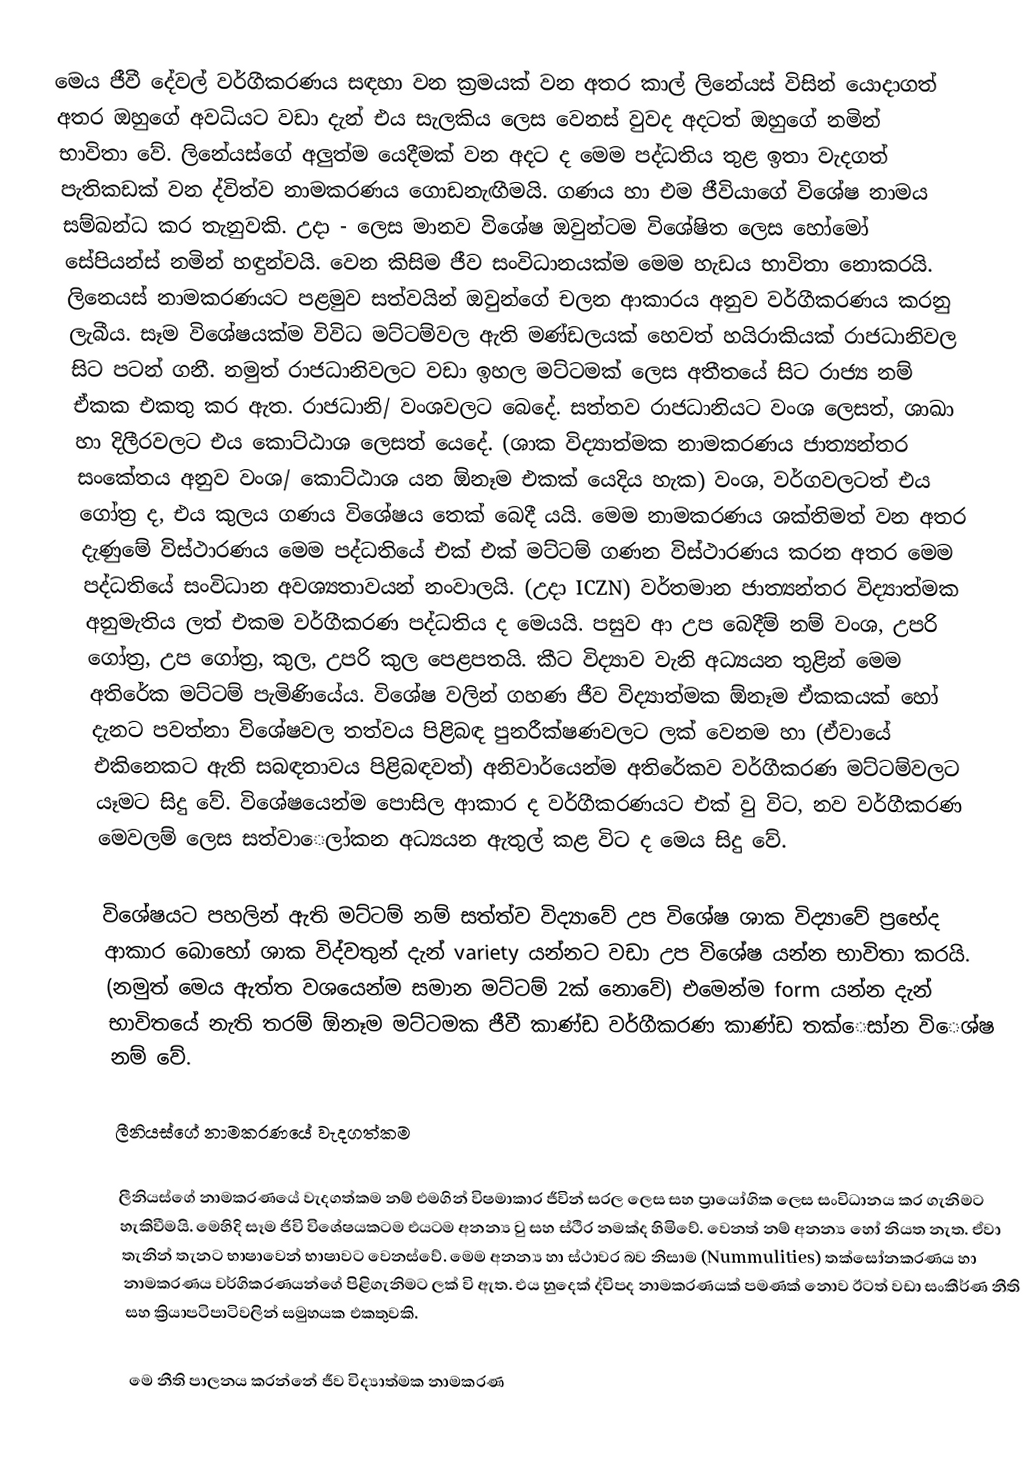
මෙය ජීවී දේවල් වර්ගීකරණය සඳහා වන ක්‍රමයක් වන අතර කාල් ලිනේයස් විසින් යොදාගත් අතර ඔහුගේ අවධියට වඩා දැන් එය සැලකිය ලෙස වෙනස් වුවද අදටත් ඔහුගේ නමින් භාවිතා වේ. ලිනේයස්ගේ අලුත්ම යෙදීමක් වන අදට ද මෙම පද්ධතිය තුළ ඉතා වැදගත් පැතිකඩක් වන ද්විත්ව නාමකරණ‍ය ගොඩනැඟීමයි. ගණය හා එම ජීවියාගේ විශේෂ නාමය සම්බන්ධ කර තැනුවකි. උදා - ලෙස මානව විශේෂ ඔවුන්ටම විශේෂිත ලෙස හෝමෝ සේපියන්ස් නමින් හඳුන්වයි. වෙන කිසිම ජීව සංවිධානයක්ම මෙම හැඩය භාවිතා නොකරයි. ලිනෙයස් නාමකරණයට පළමුව සත්වයින් ඔවුන්ගේ චලන ආකාරය අනුව වර්ගීකරණය කරනු ලැබීය. සෑම විශේෂයක්ම විවිධ මට්ටම්වල ඇති මණ්ඩලයක් හෙවත් හයිරාකියක් රාජධානිවල සිට පටන් ගනී. නමුත් රාජධානිවලට වඩා ඉහල මට්ටමක් ලෙස අතීතයේ සිට රාජ්‍ය නම් ඒකක එකතු කර ඇත. රාජධානි/ වංශවලට ‍බෙදේ. සත්තව රාජධානියට වංශ ලෙසත්, ශාඛා හා දිලීරවලට එය කොට්ඨාශ ලෙසත් යෙදේ. (ශාක විද්‍යාත්මක නාමකරණය ජාත්‍යන්තර සංකේතය අනුව වංශ/ කොට්ඨාශ යන ඕනෑම එකක් යෙදිය හැක) වංශ, වර්ගවලටත් එය ගෝත්‍ර ද, එය කුලය ගණය විශේෂය තෙක් බෙදී යයි. මෙම නාමකරණය ශක්තිමත් වන අතර දැණුමේ විස්ථාරණය මෙම පද්ධතියේ එක් එක් මට්ටම් ගණන විස්ථාරණය කරන අතර මෙම පද්ධතියේ සංවිධාන අවශ්‍යතාවයන් නංවාලයි. (උදා ICZN) වර්තමාන ජාත්‍යන්තර විද්‍යාත්මක අනුමැතිය ලත් එකම වර්ගීකරණ පද්ධතිය ද මෙයයි. පසුව ආ උප බෙදීම් නම් වංශ, උපරි ගෝත්‍ර, උප ගෝත්‍ර, කුල, උපරි කුල පෙළපතයි. කීට විද්‍යාව වැනි අධ්‍යයන තුළින් මෙම අතිරේක මට්ටම් පැමිණියේය. විශේෂ වලින් ගහණ ජීව විද්‍යාත්මක ඕනෑම ඒකකයක් හෝ දැනට පවත්නා විශේෂවල තත්වය පිළිබඳ පුනරීක්ෂණවලට ලක් වෙනම හා (ඒවායේ එකිනෙකට ඇති සබඳතාවය පිළිබඳවත්) අනිවාර්යෙන්ම අතිරේකව වර්ගීකරණ මට්ටම්වලට යෑමට සිදු වේ. විශේෂයෙන්ම පොසිල ආකාර ද වර්ගීකරණයට එක් වු විට, නව වර්ගීකරණ මෙවලම් ලෙස සත්වාෙලා්කන අධ්‍යයන ඇතුල් කළ විට ද මෙය සිදු වේ.

විශේෂයට පහලින් ඇති මට්ටම් නම් සත්ත්ව විද්‍යාවේ උප විශේෂ ශාක විද්‍යාවේ ප්‍රභේද ආකාර බොහෝ ශාක විද්වතුන් දැන් variety යන්නට වඩා උප විශේෂ යන්න භාවිතා කරයි. (නමුත් මෙය ඇත්ත වශයෙන්ම සමාන මට්ටම් 2ක් නොවේ) එමෙන්ම form යන්න දැන් භාවිතයේ නැති තරම් ඕනෑම මට්ටමක ජීවී කාණ්ඩ වර්ගීකරණ කාණ්ඩ තක්ෙසා්න විෙශ්ෂ  නම් වේ.

ලීනියස්ගේ නාමකරණයේ වැදගත්කම

ලීනියස්ගේ නාමකරණයේ වැදගත්කම නම් එමගින් විෂමාකාර ජීවින් සරල ලෙස සහ ප්‍රායෝගික ලෙස සංවිධානය කර ගැනිමට හැකිවීමයි. මෙහිදි සෑම ජිවි විශේෂයකටම එයටම අනන්‍ය වු සහ ස්ථිර නමක්ද හිමිවේ. වෙනත් නම් අනන්‍ය හෝ නියත නැත. ඒවා තැනින් තැනට භාෂාවෙන් භාෂාවට වෙනස්වේ. මෙම අනන්‍ය හා ස්ථාවර බව නිසාම (Nummulities) තක්සෝනකරණය හා නාමකරණය වර්ගිකරණයන්ගේ පිළිගැනිමට ලක් වි ඇත. එය හුදෙක් ද්විපද නාමකරණයක් පමණක් නොව ඊටත් වඩා සංකීර්ණ නීති සහ ක්‍රියාපටිපාටිවලින් සමුහයක එකතුවකි.

මෙ නීති පාලනය කරන්නේ ජීව විද්‍යාත්මක නාමකරණ